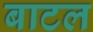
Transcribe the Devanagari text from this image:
बाटल